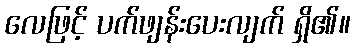
လေဖြင့် ပက်ဖျန်းပေးလျက် ရှိ၏။